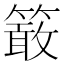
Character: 𥴊